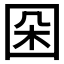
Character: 𡇙